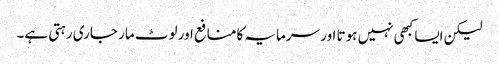
لیکن ایسا کبھی نہیں ہوتا اور سرمایہ کا منافع اور لوٹ مار جاری رہتی ہے۔